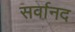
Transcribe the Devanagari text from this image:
सर्वानद